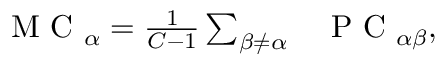
\begin{array} { r l } { \mathrm { ~ M ~ C ~ } _ { \alpha } = \frac { 1 } { C - 1 } \sum _ { \beta \neq \alpha } } & { { } \mathrm { ~ P ~ C ~ } _ { \alpha \beta } , } \end{array}